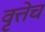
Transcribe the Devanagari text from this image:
वृत्तेच